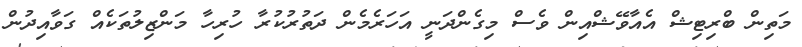
މަތިން ބްރިޓިޝް އެއާވޭޝްއިން ވެސް މިގެންދަނީ އަހަރެމެން ދަތުރުކުރާ ހުރިހާ މަންޒިލުތަކެއް ގަވާއިދުން